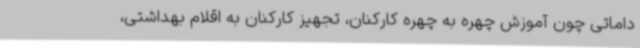
داماتی چون آموزش چهره به چهره کارکنان، تجهیز کارکنان به اقلام بهداشتی،